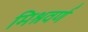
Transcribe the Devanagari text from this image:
मिश्रवर्ण